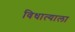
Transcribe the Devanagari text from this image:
विधात्याला